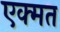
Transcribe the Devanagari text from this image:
एक्मत